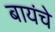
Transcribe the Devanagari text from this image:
बायंचे